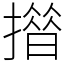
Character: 𢵄